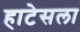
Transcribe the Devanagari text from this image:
हाटेसला